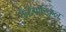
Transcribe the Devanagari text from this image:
कैटेगारिकल